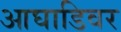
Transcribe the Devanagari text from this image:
आघाडिवर